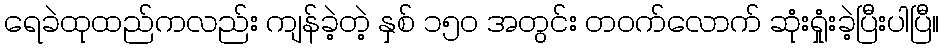
ရေခဲထုထည်ကလည်း ကျန်ခဲ့တဲ့ နှစ် ၁၅၀ အတွင်း တဝက်လောက် ဆုံးရှုံးခဲ့ပြီးပါပြီ။